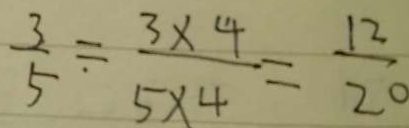
\frac { 3 } { 5 } = \frac { 3 \times 4 } { 5 \times 4 } = \frac { 1 2 } { 2 0 }